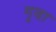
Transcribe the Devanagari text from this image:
गृवा